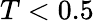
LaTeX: T<0.5